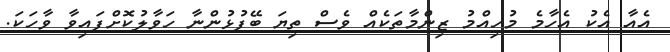
އެއާ އެކު އެހާމެ މުހިއްމު ޒިންމާތަކެއް ވެސް ތިޔަ ބޭފުޅުންނާ ހަވާލުކޮށްފައިވާ ވާހަކަ.